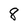
Character: 8